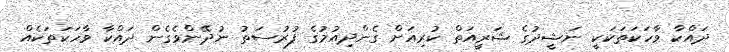
ދައްކާ ވާހަކަތަކަކީ ނަޝީދުގެ ޝަރީއަތް ކުރިއަށް ގެންދިއުމުގެ ފުރުސަތު ނުދޭންވެގެން ދައްކާ ވާހަކަތަކެއް